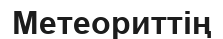
Метеориттің